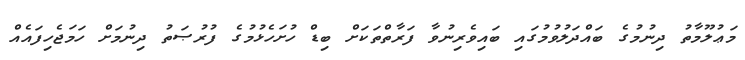
މަޢުލޫމާތު ދިނުމުގެ ބައްދަލުވުމުގައި ބައިވެރިނުވާ ފަރާތްތަކަށް ބިޑް ހުށަހެޅުމުގެ ފުރުޞަތު ދިނުމަށް ހަމަޖެހިފައެއް